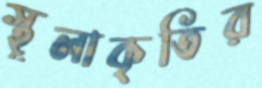
স্থূলাকৃতির